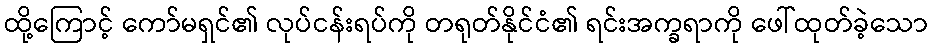
ထို့ကြောင့် ကော်မရှင်၏ လုပ်ငန်းရပ်ကို တရုတ်နိုင်ငံ၏ ရင်းအက္ခရာကို ဖေါ်ထုတ်ခဲ့သော